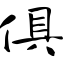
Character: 俱